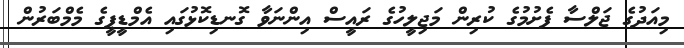
މިއަދުގެ ޖަލްސާ ފެށުމުގެ ކުރިން މަޖިލީހުގެ ރައީސް އިންނަވާ ގޮނޑިކޮޅުގައި އެމްޑީޕީގެ މެމްބަރުން